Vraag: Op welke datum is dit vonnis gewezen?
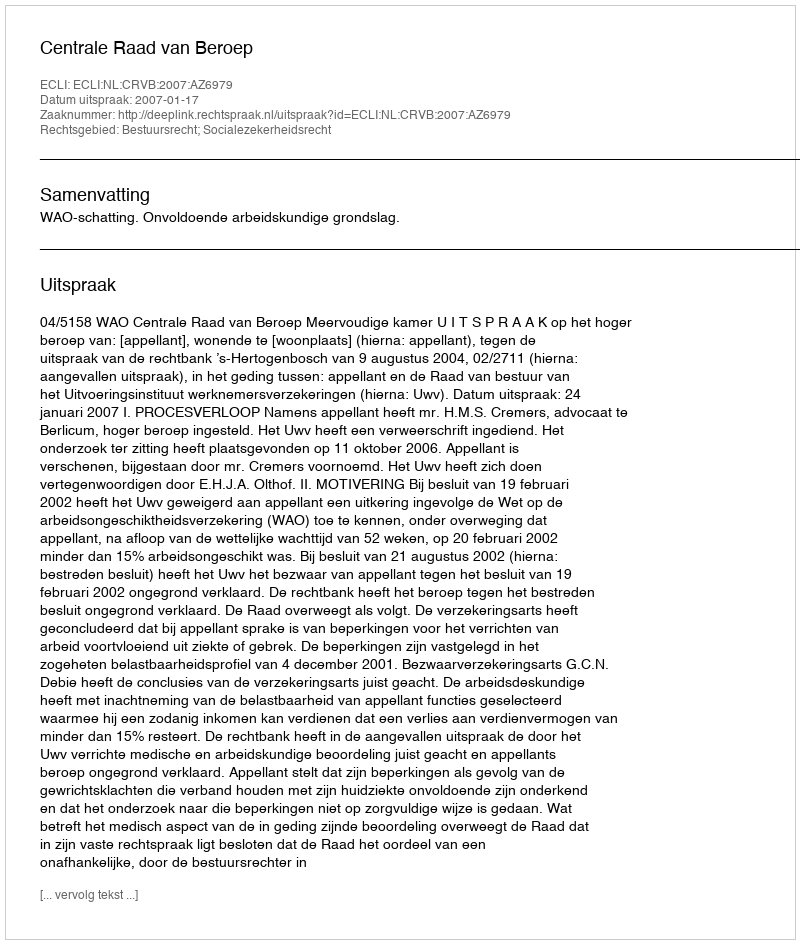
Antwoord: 2007-01-17